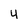
Character: 4